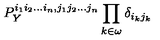
P _ { Y } ^ { i _ { 1 } i _ { 2 } . . . i _ { n } , j _ { 1 } j _ { 2 } . . . j _ { n } } \prod _ { k \in \omega } \delta _ { i _ { k } j _ { k } }